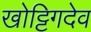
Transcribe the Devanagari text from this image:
खोट्टिगदेव